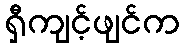
ရှီကျင့်ဖျင်က